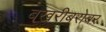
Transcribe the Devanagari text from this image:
बखरीबरोबर